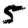
Digit: 5